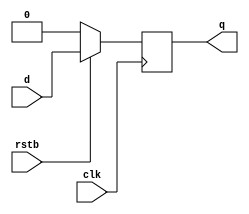
module dff (input d, rstb, clk,
        output reg q);
       
        always @ (posedge clk) begin
            if (!rstb)
                q <= 0;
            else
                q <= d;
        end
endmodule

module testDFF;
    reg d, rstb, clk;
    wire q;
    integer j;
    reg [3:0] count;
   
    dff u1 ( .d(d), .rstb(rstb), .clk(clk), .q(q));
   
    initial begin
        d <= 0;
        rstb <= 0;
        clk <= 0;
        count = 0;
       
        $monitor ("d=%0b rstb=%0b clk=%0b q=%0b", d, rstb, clk, q);

        for (j = 0; j < 10; j = j + 1) begin
            #5 clk = ~clk;
            if (j % 4 == 0) begin
                d = 0;
                rstb = 0;
            end else if (j % 4 == 2) begin
                d = 1;
                rstb = 1;
            end
            #10;
        end
    end
   
endmodule